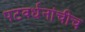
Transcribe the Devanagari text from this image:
पटवर्धनांचीच